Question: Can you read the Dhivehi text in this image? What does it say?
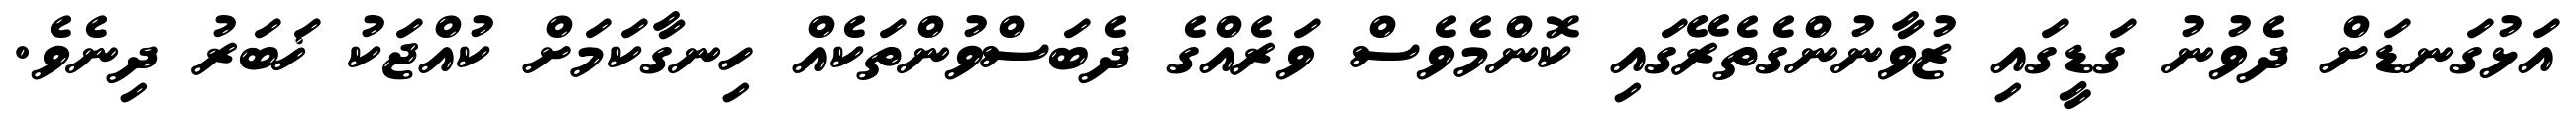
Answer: އަޅުގަނޑަށް ދެވުނު ގަޑީގައި ޒުވާނުންގެތެރޭގައި ކޮންމެވެސް ވަރެއްގެ ދެބަސްވުންތަކެއް ހިނގާކަމަށް ކުއްޖަކު ޚަބަރު ދިނެވެ.